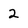
Character: 2